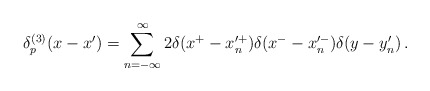
\begin{align*}\delta_p^{(3)}( x - x') =\sum_{n= -\infty}^{\infty} 2 \delta( x^+ - x'^+_n)\delta(x^- - x'^-_n)\delta(y - y'_n)\,. \end{align*}